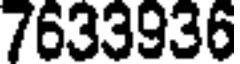
7633936